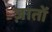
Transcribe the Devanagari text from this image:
ज़ातों